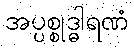
အပ္ပစ္စုဒ္ဓါရဏံ